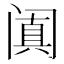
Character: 阗